Lunatic asylums in Bengal annual reports 1899-1911 - 1899-1911
Year: 1899
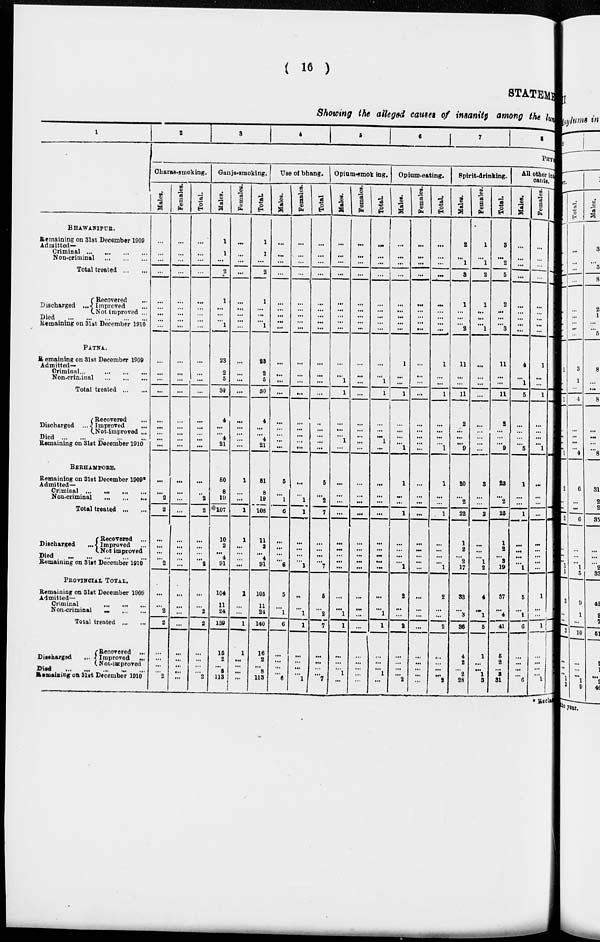
( 16 )
STATEMENT
Showing the alleged causes of insanity among the lun
1
BHAWANIPUR.
Remaining on 31st December 1909
Admitted-
Criminal
...
...
...
...
Non-criminal
...
...
...
Total treated ... ...
Discharged ...
Recovered ...
Improved ...
Not improved ...
Died
...
...
...
...
...
Remaining on 31st December 1910
PATNA.
Remaining on 31st December 1909
Admitted-
Criminal...
...
...
...
Non-criminal
...
...
...
Total treated ... ...
Discharged ...
Recovered ...
Improved ...
Not-improved ...
Died
...
...
...
...
...
Remaining on 31st December 1910
BERHAMPORE.
Remaining on 31st December 1909*
Admitted-
Criminal ...
...
...
...
Non-criminal
... ... ...
Total treated ...
Discharged
Recovered ...
Improved ...
Not improved
Died
...
...
...
...
...
Remaining on 31st December 1910
PROVINCIAL TOTAL.
Remaining on 31st December 1909
Admitted—
Criminal
...
... ...
Non-criminal
... ... ...
Total treated
Discharged
Recovered ...
Improved ...
Not-improved
Died
...
...
...
...
...
Remaining on 3lst December 1910
2
3
4
5
6
7
8
PHYS
Charas-smoking.
Males.
...
...
...
...
...
...
...
...
...
...
...
...
...
...
...
...
...
...
...
...
2
2
...
...
...
...
2
...
...
2
2
...
...
...
...
2
Females.
...
...
...
...
...
...
...
...
...
...
...
...
...
...
...
...
...
...
...
...
...
...
...
...
...
...
...
...
...
...
...
...
...
...
...
Total.
...
...
...
...
...
...
...
...
...
...
...
...
...
...
...
...
...
...
...
2
2
...
...
...
...
2
...
...
2
2
...
...
...
...
2
Ganja-smoking.
Males.
1
1
...
2
1
...
...
...
1
23
2
5
30
4
...
...
4
21
80
8
19
107
10
2
...
4
91
104
11
24
139
15
2
...
8
113
Females.
...
...
...
...
...
...
...
...
...
...
...
...
...
...
...
...
...
...
1
...
...
1
1
...
...
...
...
1
...
...
1
1
...
...
...
...
Total.
1
1
...
2
1
...
...
...
1
23
2
5
30
4
...
...
4
21
81
8
19
108
11
2
...
4
91
105
11
24
140
16
2
...
8
113
Use of bhang.
Males.
...
...
...
...
...
...
...
...
...
...
...
...
...
...
...
...
...
...
5
...
1
6
...
...
...
...
6
5
...
1
6
...
...
...
...
6
Females.
...
...
...
...
...
...
...
...
...
...
...
...
...
...
...
...
...
...
...
...
1
1
...
...
...
...
1
...
...
1
1
...
...
...
...
1
Total
...
...
...
...
...
...
...
...
...
...
...
...
...
...
...
...
...
...
5
...
2
7
...
...
...
...
7
5
...
2
7
...
...
...
...
7
Opium-smoking.
Males.
...
...
...
...
...
...
...
...
...
...
...
1
1
...
...
...
1
...
...
...
...
...
...
...
...
...
...
...
...
1
1
...
...
...
1
...
Females.
...
...
...
...
...
...
...
...
...
...
...
...
...
...
...
...
...
...
...
...
...
...
...
...
...
...
...
...
...
...
...
...
...
...
...
...
Total.
...
...
...
...
...
...
...
...
...
...
...
1
1
...
...
...
1
...
...
...
...
...
...
...
...
...
...
...
...
1
1
...
...
...
1
...
Opium-eating.
Males.
...
...
...
...
...
...
...
...
...
1
...
...
1
...
...
...
...
1
1
...
...
1
...
...
...
...
1
2
...
...
2
...
...
...
...
2
Females.
...
...
...
...
...
...
...
...
...
...
...
...
...
...
...
...
...
...
...
...
...
...
...
...
...
...
...
...
...
...
...
...
...
...
...
...
Total.
...
...
...
...
...
...
...
...
...
1
...
...
1
...
...
...
...
1
1
...
...
1
...
...
...
1
2
...
...
2
...
...
...
...
2
Spirit-drinking.
Males.
2
...
1
3
1
...
...
...
2
11
...
...
11
2
...
...
...
9
20
...
2
22
1
2
...
2
17
33
...
3
36
4
2
...
2
28
Females.
1
...
1
2
1
...
...
...
1
...
...
...
...
...
...
...
...
...
3
...
...
3
...
...
...
1
2
4
...
1
5
1
...
...
1
3
Total.
3
...
2
5
2
...
...
...
3
11
...
...
11
2
...
...
...
9
23
...
2
25
1
2
...
3
19
37
...
4
41
5
2
...
3
31
All other int
cants.
Males.
...
...
...
...
...
...
...
...
...
4
...
1
5
...
...
...
...
5
1
...
...
1
...
...
...
...
1
5
...
1
6
...
...
...
...
6
Females.
...
...
...
...
...
...
...
...
...
1
...
...
1
...
...
...
...
1
...
...
...
...
...
...
...
...
...
1
...
...
1
...
...
...
...
1
* Recla